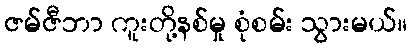
ဇမ်ဇီဘာ ကူးတို့နစ်မှု စုံစမ်း သွားမယ်။